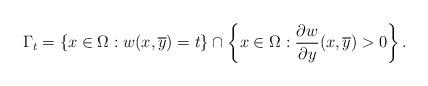
LaTeX: \begin{align*}\Gamma_{t}=\left\{x\in\Omega:w(x,\overline{y})=t\right\} \cap\left\{x\in\Omega:\frac{\partial w}{\partial y}(x,\overline{y})>0\right\} .\end{align*}